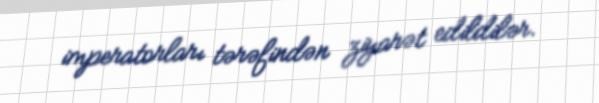
imperatorları tərəfindən ziyarət edildilər.